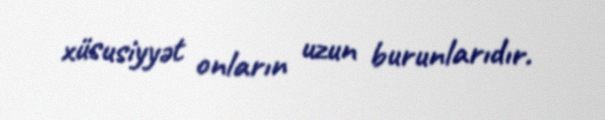
xüsusiyyət onların uzun burunlarıdır.